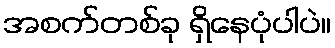
အစက်တစ်ခု ရှိနေပုံပါပဲ။